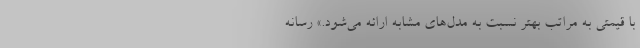
با قیمتی به مراتب بهتر نسبت به مدل‌های مشابه ارائه می‌شود.» رسانه